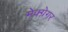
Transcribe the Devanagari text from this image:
मेक्ग्रेगर